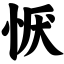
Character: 恹